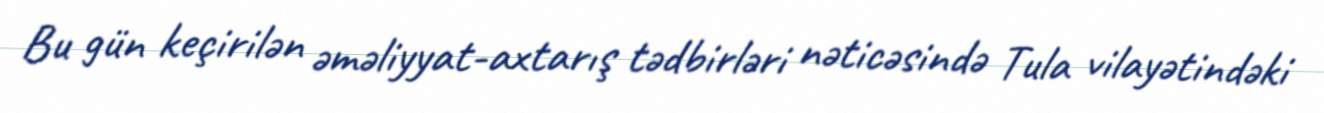
Bu gün keçirilən əməliyyat-axtarış tədbirləri nəticəsində Tula vilayətindəki